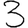
Digit: 3